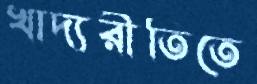
খাদ্যরীতিতে